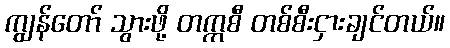
ကျွန်တော် သွားဖို့ တက္ကစီ တစ်စီးငှားချင်တယ်။